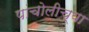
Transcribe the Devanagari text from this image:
पांचोलीच्या